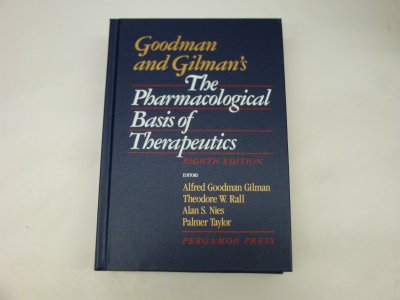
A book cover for Pharmacological Basis of Therapeutics 8th Ed; Alfred Goodman Gilman; Medical Books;